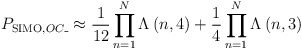
\begin{align*}{{P}_{\operatorname{SIMO},OC\_}}\approx \frac{1}{12}\prod\limits_{n=1}^{N}{{{\Lambda }_{}}\left( n,4 \right)}+\frac{1}{4}\prod\limits_{n=1}^{N}{{{\Lambda }_{}}\left( n,3 \right)}\end{align*}